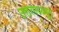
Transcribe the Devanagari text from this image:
उत्तरमध्ययुग